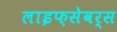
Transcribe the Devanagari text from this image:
लाइफ़सेवर्स